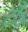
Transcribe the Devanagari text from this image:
ट्रौय